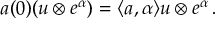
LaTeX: a ( 0 ) ( u \otimes e ^ { \alpha } ) = \langle a , \alpha \rangle u \otimes e ^ { \alpha } \, .